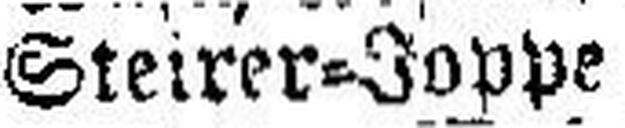
Steirer=Joppe